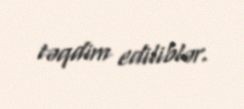
təqdim ediliblər.